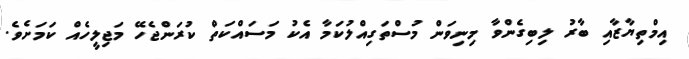
އިމްތިޔާޒާއި ބާރު ލިބިގެންވާ މިނިވަން މުސްތަގިއްލުކަމާ އެކު މަސައްކަތް ކުރަންޖެހޭ މަޖިލީހެއް ކަމަށެވެ.